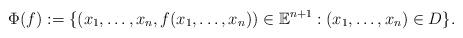
LaTeX: \begin{align*}\Phi(f):=\{(x_1,\ldots,x_n,f(x_1,\ldots,x_n))\in {\mathbb E}^{n+1}: (x_1,\ldots,x_n)\in D\}.\end{align*}